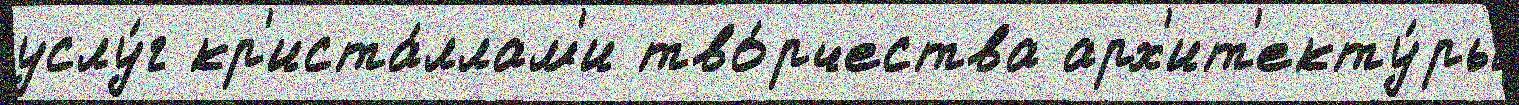
услу́г кр'иста́ллам'и тво́рчества арх'ит'екту́ры